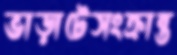
ভাড়াটেসংক্রান্ত